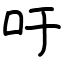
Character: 吁